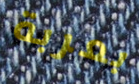
بعربة